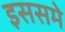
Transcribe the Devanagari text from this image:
इससमे